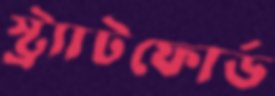
স্ট্র্যাটফোর্ড